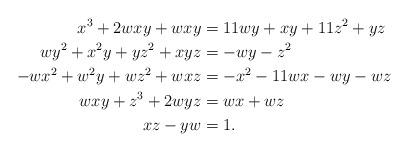
LaTeX: \begin{align*}x^3 + 2wxy + wxy &= 11wy + xy + 11z^2 + yz \\wy^2 + x^2y + yz^2 + xyz &= -wy - z^2 \\-wx^2 + w^2y + wz^2 + wxz &= -x^2 - 11wx - wy - wz \\wxy + z^3 + 2wyz &= wx + wz \\xz - yw & = 1.\end{align*}